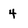
Character: 4